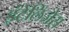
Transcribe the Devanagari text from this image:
इंटेलिजेस